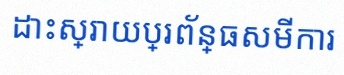
ដោះស្រាយប្រព័ន្ធសមីការ